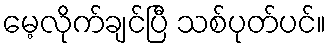
မေ့လိုက်ချင်ပြီ သစ်ပုတ်ပင်။